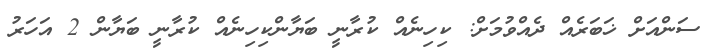
ސަންއަށް ޚަބަރެއް ދެއްވުމަށް: ކިހިނެއް ކުރާނީ ބަޔާންކިހިނެއް ކުރާނީ ބަޔާން 2 އަހަރު